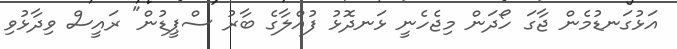
އަޅުގަނޑުމެން ޖާގަ ހޯދަން މިޖެހެނީ ޅަނދޮޅު ފުއްލާގެ ބާރު ސްޕީޑުން" ރައީސް ވިދާޅުވި